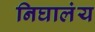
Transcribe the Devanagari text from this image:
निघालंंय